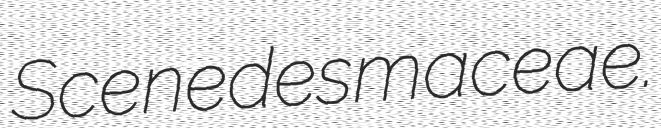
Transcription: Scenedesmaceae.